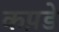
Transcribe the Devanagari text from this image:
कप़डे